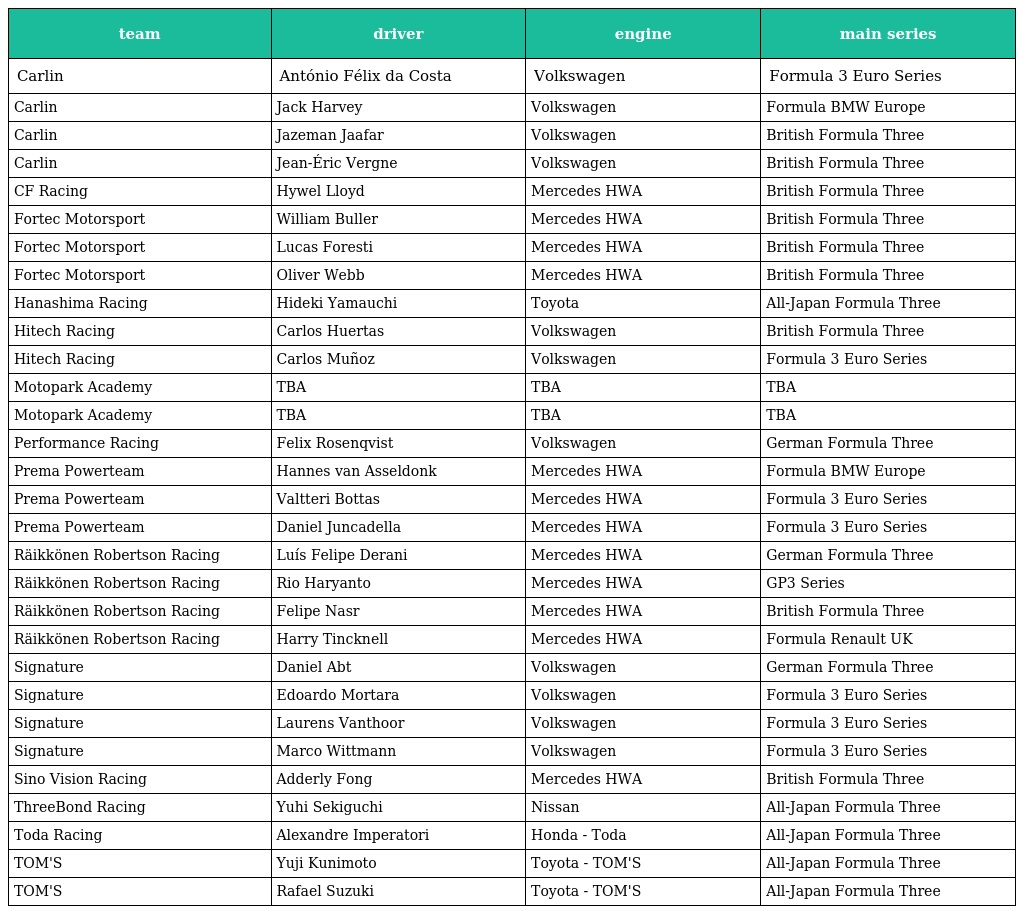
| team | driver | engine | main series |
 | --- | --- | --- | --- |
 | Carlin | António Félix da Costa | Volkswagen | Formula 3 Euro Series |
 | Carlin | Jack Harvey | Volkswagen | Formula BMW Europe |
 | Carlin | Jazeman Jaafar | Volkswagen | British Formula Three |
 | Carlin | Jean-Éric Vergne | Volkswagen | British Formula Three |
 | CF Racing | Hywel Lloyd | Mercedes HWA | British Formula Three |
 | Fortec Motorsport | William Buller | Mercedes HWA | British Formula Three |
 | Fortec Motorsport | Lucas Foresti | Mercedes HWA | British Formula Three |
 | Fortec Motorsport | Oliver Webb | Mercedes HWA | British Formula Three |
 | Hanashima Racing | Hideki Yamauchi | Toyota | All-Japan Formula Three |
 | Hitech Racing | Carlos Huertas | Volkswagen | British Formula Three |
 | Hitech Racing | Carlos Muñoz | Volkswagen | Formula 3 Euro Series |
 | Motopark Academy | TBA | TBA | TBA |
 | Motopark Academy | TBA | TBA | TBA |
 | Performance Racing | Felix Rosenqvist | Volkswagen | German Formula Three |
 | Prema Powerteam | Hannes van Asseldonk | Mercedes HWA | Formula BMW Europe |
 | Prema Powerteam | Valtteri Bottas | Mercedes HWA | Formula 3 Euro Series |
 | Prema Powerteam | Daniel Juncadella | Mercedes HWA | Formula 3 Euro Series |
 | Räikkönen Robertson Racing | Luís Felipe Derani | Mercedes HWA | German Formula Three |
 | Räikkönen Robertson Racing | Rio Haryanto | Mercedes HWA | GP3 Series |
 | Räikkönen Robertson Racing | Felipe Nasr | Mercedes HWA | British Formula Three |
 | Räikkönen Robertson Racing | Harry Tincknell | Mercedes HWA | Formula Renault UK |
 | Signature | Daniel Abt | Volkswagen | German Formula Three |
 | Signature | Edoardo Mortara | Volkswagen | Formula 3 Euro Series |
 | Signature | Laurens Vanthoor | Volkswagen | Formula 3 Euro Series |
 | Signature | Marco Wittmann | Volkswagen | Formula 3 Euro Series |
 | Sino Vision Racing | Adderly Fong | Mercedes HWA | British Formula Three |
 | ThreeBond Racing | Yuhi Sekiguchi | Nissan | All-Japan Formula Three |
 | Toda Racing | Alexandre Imperatori | Honda - Toda | All-Japan Formula Three |
 | TOM'S | Yuji Kunimoto | Toyota - TOM'S | All-Japan Formula Three |
 | TOM'S | Rafael Suzuki | Toyota - TOM'S | All-Japan Formula Three |